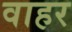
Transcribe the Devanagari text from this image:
वाहर